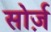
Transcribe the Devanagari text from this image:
सोर्ज़